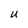
Character: U